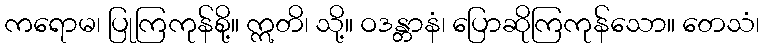
ကရောမ၊ ပြုကြကုန်စို့။ ဣတိ၊ သို့။ ဝဒန္တာနံ၊ ပြောဆိုကြကုန်သော။ တေသံ၊